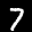
Label: 7